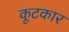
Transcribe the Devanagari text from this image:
कूटकार